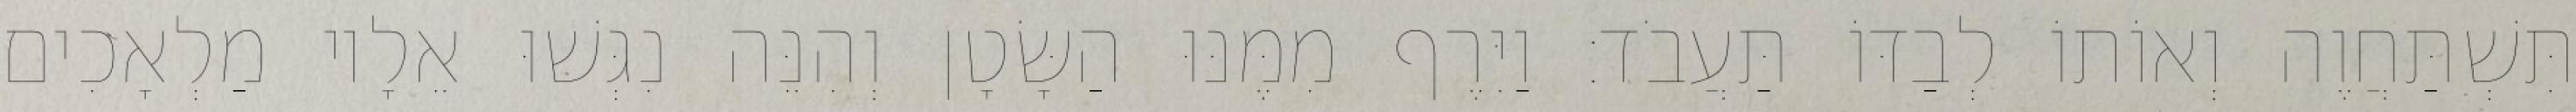
תִּשְׁתַּחֲוֶה וְאוֹתוֹ לְבַדּוֹ תַּעֲבֹד׃ וַיִּרֶף מִמֶּנּוּ הַשָּׂטָן וְהִנֵּה נִגְּשׁוּ אֵלָיו מַלְאָכִים